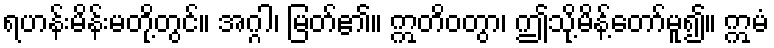
ရဟန်းမိန်းမတို့တွင်။ အဂ္ဂါ၊ မြတ်၏။ ဣတိဝတွာ၊ ဤသို့မိန့်တော်မူ၍။ ဣမံ